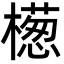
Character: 檧